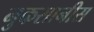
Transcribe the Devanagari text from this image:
नुकसानीस